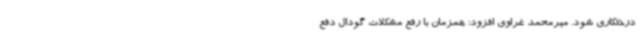
درختکاری شود. میرمحمد غراوی افزود: همزمان با رفع مشکلات گودال دفع